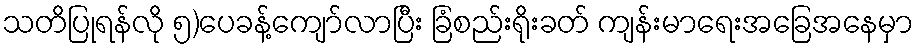
သတိပြုရန်လို ၅)ပေခန့်ကျော်လာပြီး ခြံစည်းရိုးခတ် ကျန်းမာရေးအခြေအနေမှာ